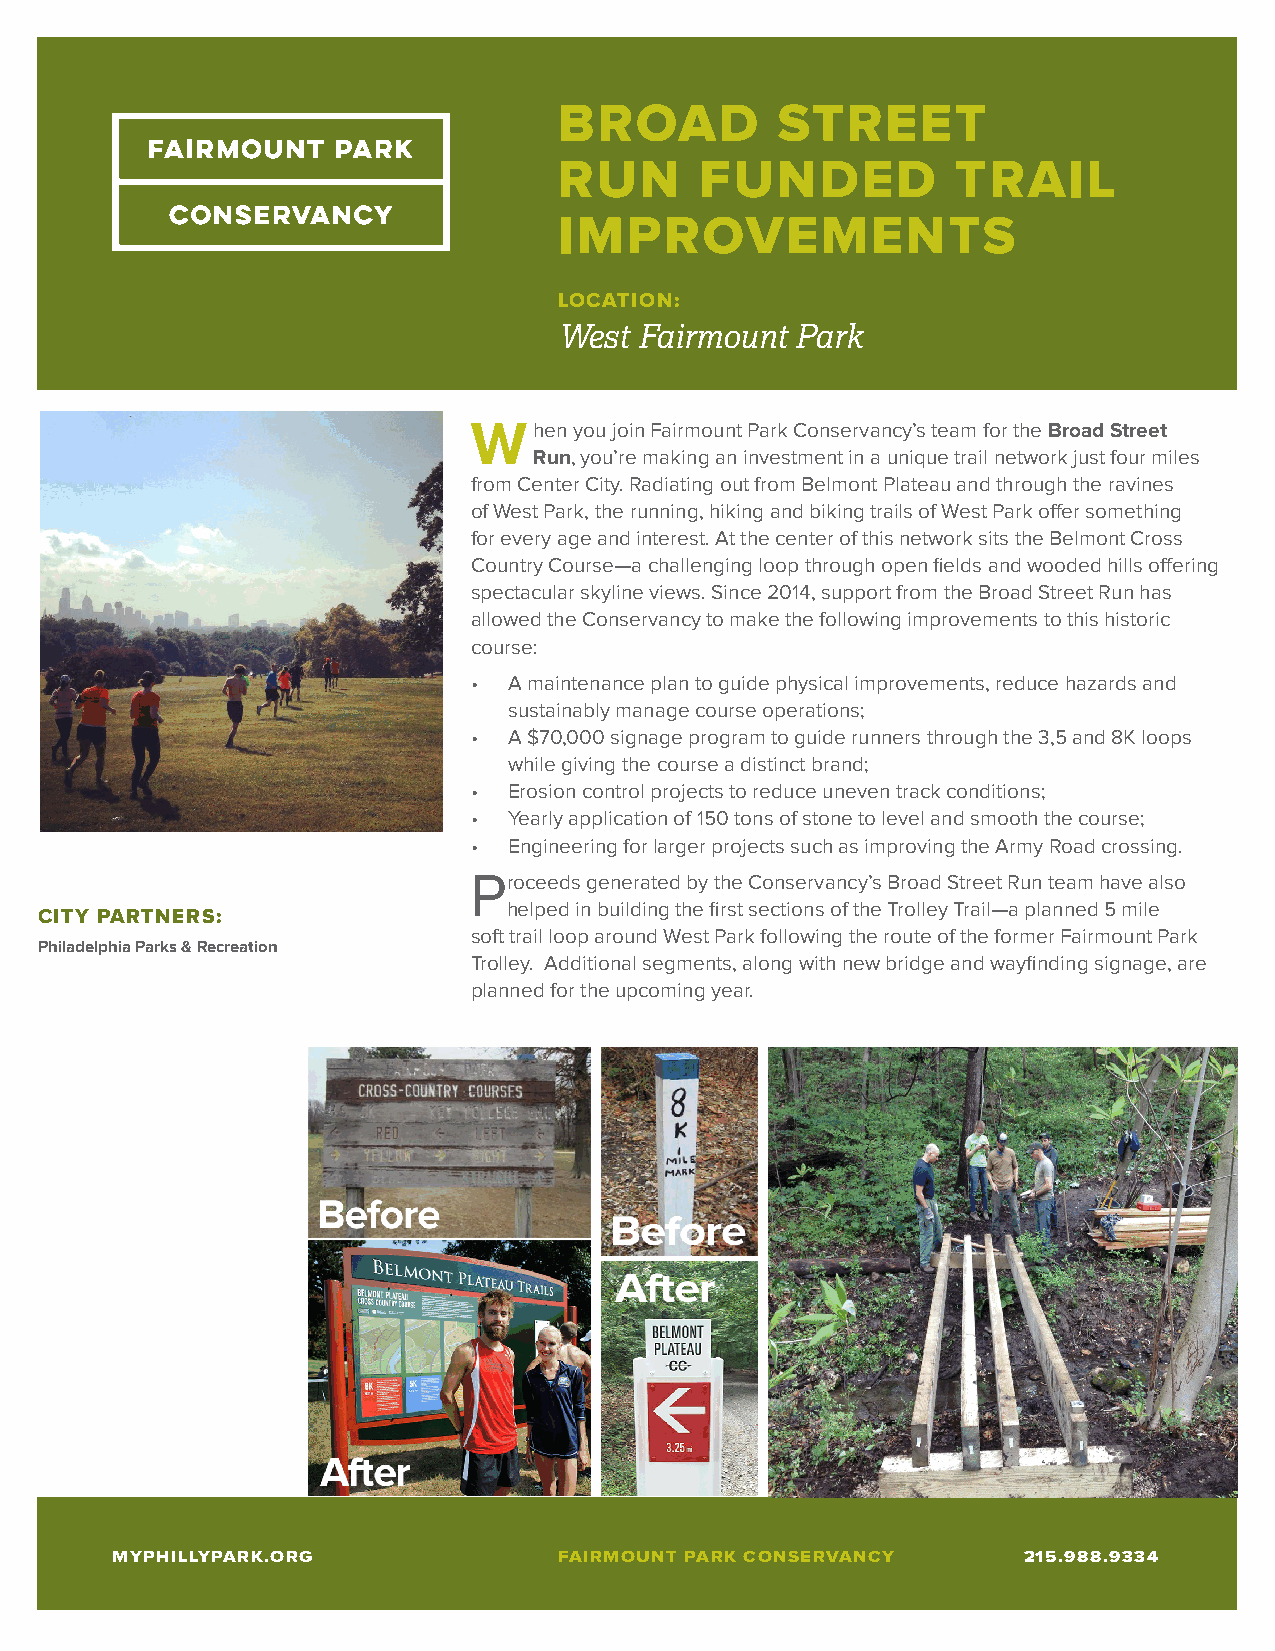
BROAD         STREET
 RUN      FUNDED           TRAIL
 IMPROVEMENTS
 LOCATION:
 West Fairmount  Park
 When   you join Fairmount Park Conservancy’s team for the Broad Street
 Run, you’re making an investment in a unique trail network just four miles
 from Center City. Radiating out from Belmont Plateau and through the ravines
 of West Park, the running, hiking and biking trails of West Park offer something
 for every age and interest. At the center of this network sits the Belmont Cross
 Country Course—a challenging loop through open fields and wooded hills offering
 spectacular skyline views. Since 2014, support from the Broad Street Run has
 allowed the Conservancy to make the following improvements to this historic
 course:
 •  A maintenance plan to guide physical improvements, reduce hazards and
 sustainably manage course operations;
 •  A $70,000 signage program to guide runners through the 3,5 and 8K loops
 while giving the course a distinct brand;
 •  Erosion control projects to reduce uneven track conditions;
 •  Yearly application of 150 tons of stone to level and smooth the course;
 •  Engineering for larger projects such as improving the Army Road crossing.
 Proceeds generated by the Conservancy’s Broad Street Run team have also
 helped in building the first sections of the Trolley Trail—a planned 5 mile
 CITY PARTNERS:
 soft trail loop around West Park following the route of the former Fairmount Park
 Philadelphia Parks & Recreation
 Trolley. Additional segments, along with new bridge and wayfinding signage, are
 planned for the upcoming year.
 MYPHILLYPARK.ORG              FAIRMOUNT PARK CONSERVANCY     215.988.9334